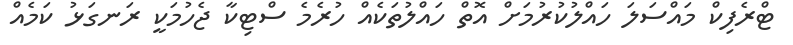
ޓްރެފިކް މައްސަލަ ހައްލުކުރުމަށް އޮތް ހައްލުތަކެއް ހުރެމެ ސްޓިކާ ޖެހުމަކީ ރަނގަޅު ކަމެއް